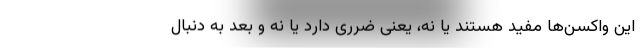
این واکسن‌ها مفید هستند یا نه، یعنی ضرری دارد یا نه و بعد به دنبال